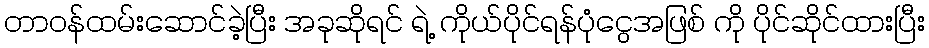
တာဝန်ထမ်းဆောင်ခဲ့ပြီး အခုဆိုရင် ရဲ့ ကိုယ်ပိုင်ရန်ပုံငွေအဖြစ် ကို ပိုင်ဆိုင်ထားပြီး